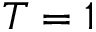
T = 1